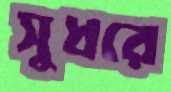
সুধরে